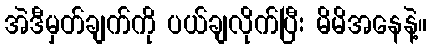
အဲဒီမှတ်ချက်ကို ပယ်ချလိုက်ပြီး မိမိအနေနဲ့။